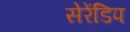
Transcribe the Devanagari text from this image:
सेरेंडिप